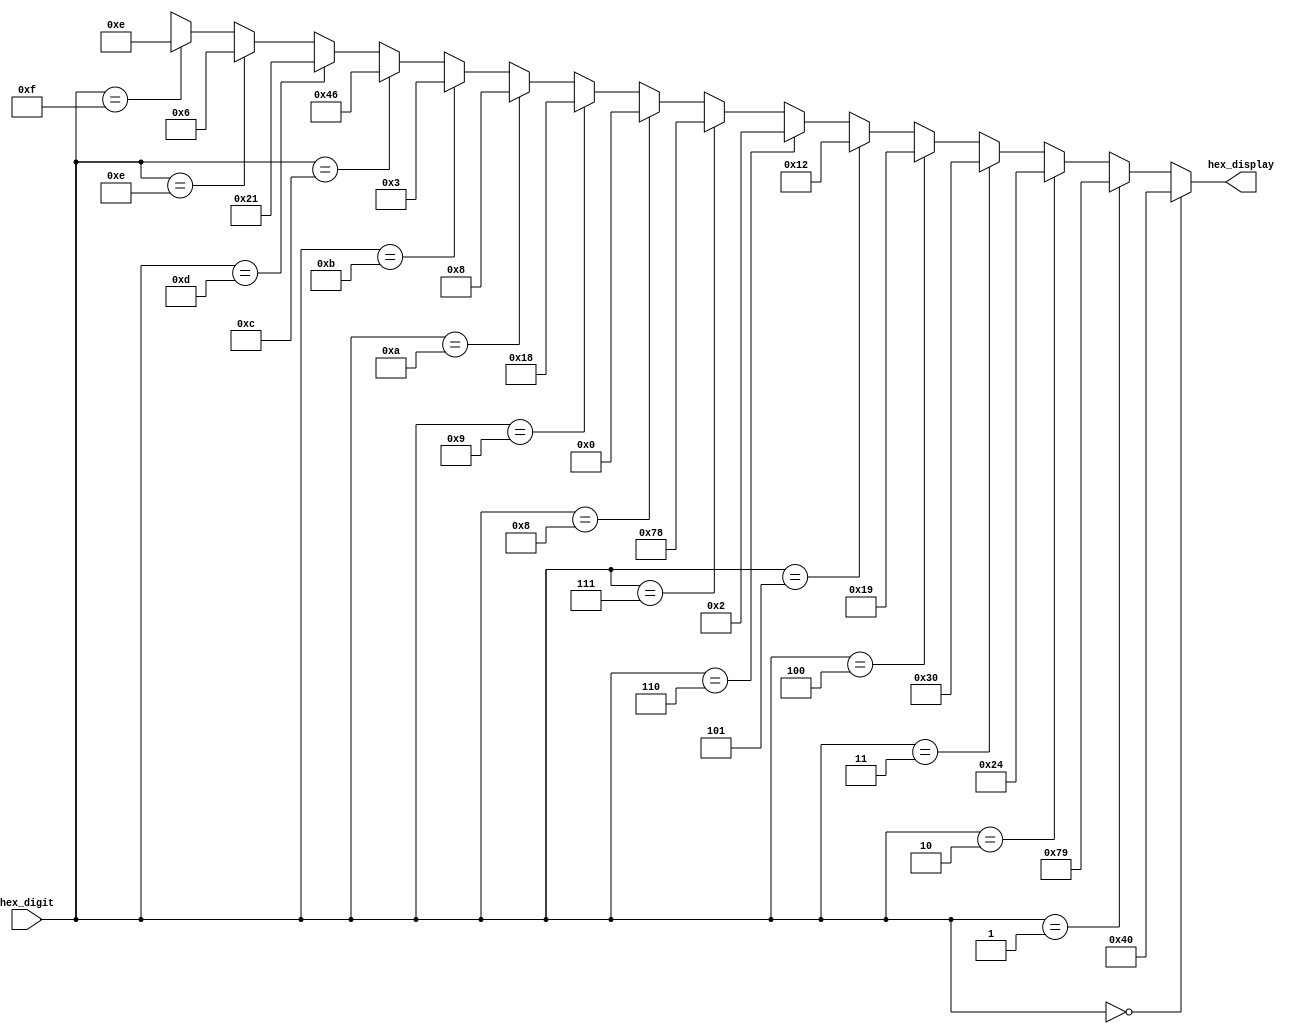

// Version:		1
// Description: Generates 7-bit output to display corresponding 
//              to given 4-bit decimal number.

module seven_segment_display_driver_cgrundey(hex_digit, hex_display);
	input [3:0] hex_digit;
	output [6:0] hex_display;

	assign hex_display = (hex_digit == 4'h0) ? (7'b1000000) :
								(hex_digit == 4'h1) ? (7'b1111001) :
								(hex_digit == 4'h2) ? (7'b0100100) :
								(hex_digit == 4'h3) ? (7'b0110000) :
								(hex_digit == 4'h4) ? (7'b0011001) :
								(hex_digit == 4'h5) ? (7'b0010010) :
								(hex_digit == 4'h6) ? (7'b0000010) :
								(hex_digit == 4'h7) ? (7'b1111000) :
								(hex_digit == 4'h8) ? (7'b0000000) :
								(hex_digit == 4'h9) ? (7'b0011000) :
								(hex_digit == 4'hA) ? (7'b0001000) :
								(hex_digit == 4'hB) ? (7'b0000011) :
								(hex_digit == 4'hC) ? (7'b1000110) :
								(hex_digit == 4'hD) ? (7'b0100001) :
								(hex_digit == 4'hE) ? (7'b0000110) :
								(hex_digit == 4'hF) ? (7'b0001110) : (7'bxxxxxxx);

endmodule